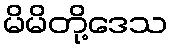
မိမိတို့ဒေသ